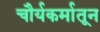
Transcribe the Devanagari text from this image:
चौर्यकर्मातून